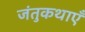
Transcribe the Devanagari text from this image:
जंतुकथाएँ